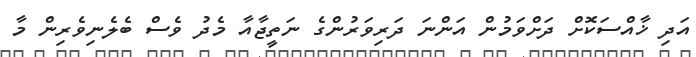
އަދި ޚާއްސަކޮށް ދަށްވަމުން އަންނަ ދަރިވަރުންގެ ނަތީޖާއާ މެދު ވެސް ބެލެނިވެރިން މާ